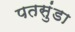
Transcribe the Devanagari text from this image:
पतसुंडा